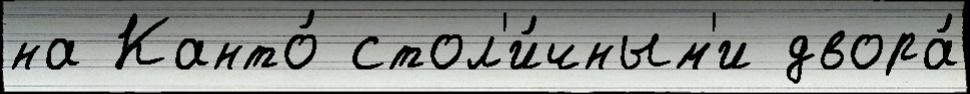
на Канто́ стол'и́чным'и двора́